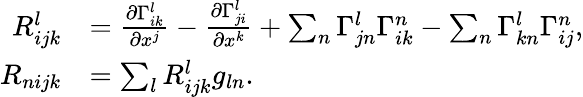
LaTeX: \begin{array}{rl}{R_{ijk}^{l}}&{=\frac{\partial\Gamma_{ik}^{l}}{\partial x^{j}}-\frac{\partial\Gamma_{ji}^{l}}{\partial x^{k}}+\sum_{n}\Gamma_{jn}^{l}\Gamma_{ik}^{n}-\sum_{n}\Gamma_{kn}^{l}\Gamma_{ij}^{n},}\\ {R_{nijk}}&{=\sum_{l}R_{ijk}^{l}g_{ln}.}\end{array}